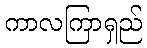
ကာလကြာရှည်